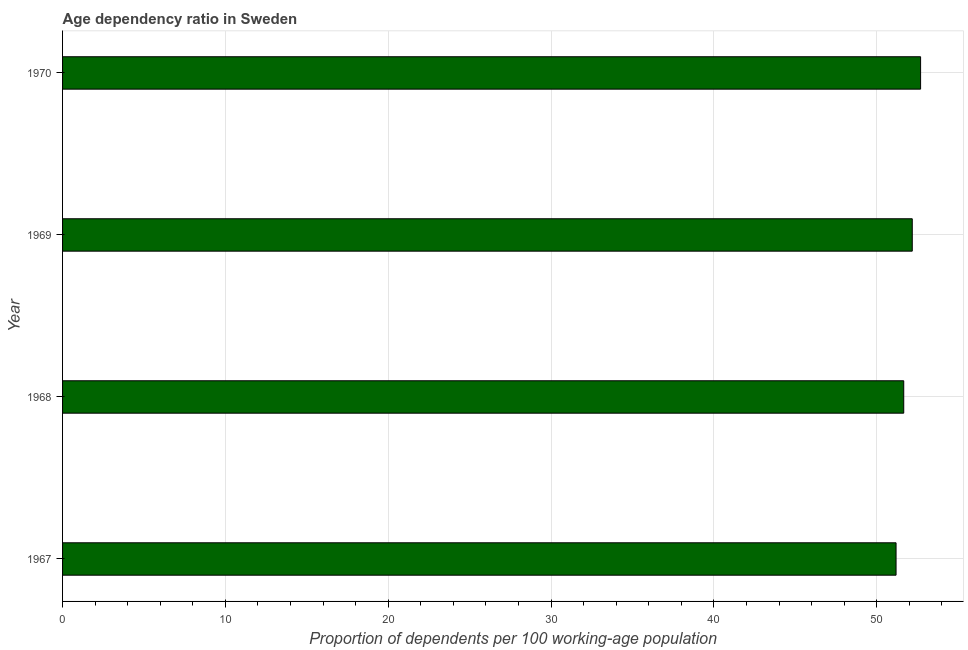
| Year | Age dependency ratio (% of working-age population) |
 | --- | --- |
 | 1967 | 51.2 |
 | 1968 | 51.7 |
 | 1969 | 52.2 |
 | 1970 | 52.7 |